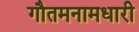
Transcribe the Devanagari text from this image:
गौतमनामधारी